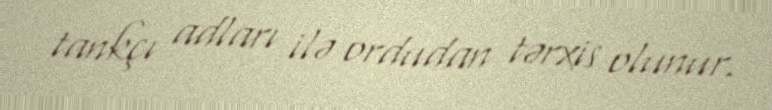
tankçı adları ilə ordudan tərxis olunur.